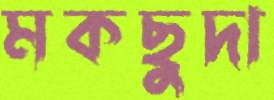
মকছুদা